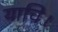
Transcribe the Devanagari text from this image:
याचि।